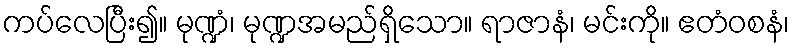
ကပ်လေပြီး၍။ မုဏ္ဍံ၊ မုဏ္ဍအမည်ရှိသော။ ရာဇာနံ၊ မင်းကို။ ဧတံဝစနံ၊